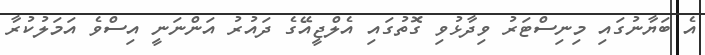
އެ ބަޔާނުގައި މިނިސްޓަރު ވިދާޅުވި ގޮތުގައި އެލްޖީއޭގެ ދައުރު އަންނަނީ އިސްވެ އަމަލުކުރާ